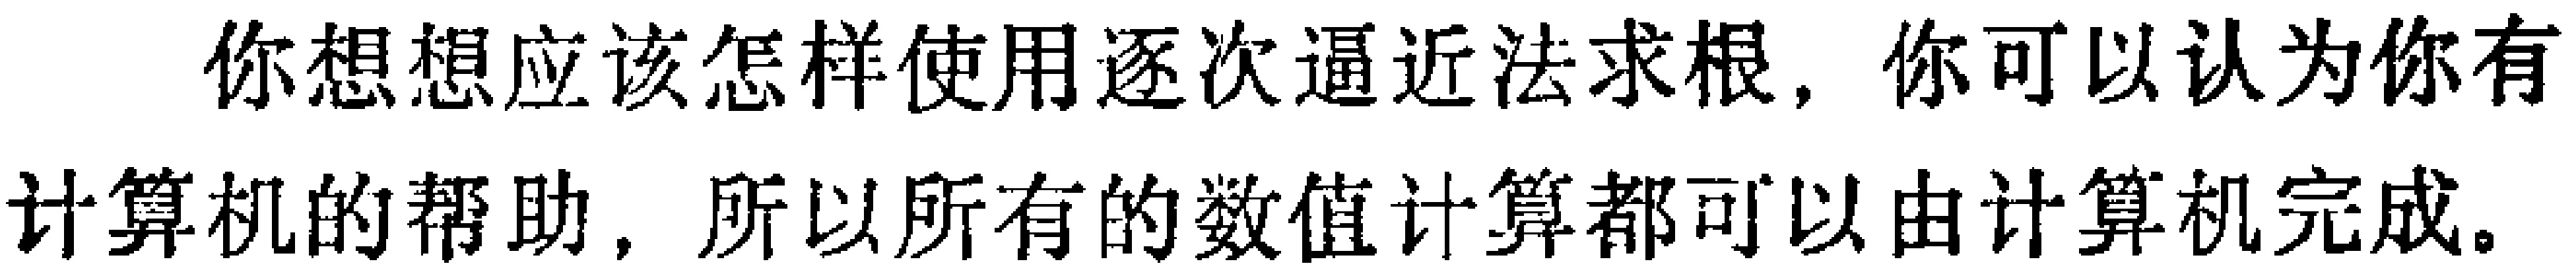
你想想应该怎样使用逐次逼近法求根，你可以认为你有计算机的帮助，所以所有的数值计算都可以由计算机完成。